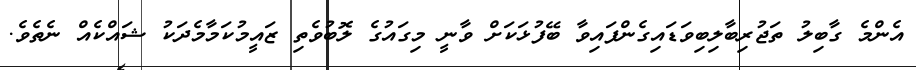
އެންމެ ގާބިލު ތަޖުރިބާލިބިވަޑައިގެންފައިވާ ބޭފުޅަކަށް ވާނީ މިގައުގެ ލޮބުވެތި ޒައީމުކަމާމެދަކު ޝައްކެއް ނެތެވެ.